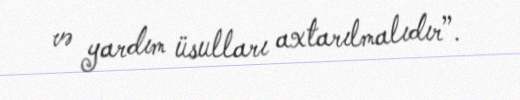
və yardım üsulları axtarılmalıdır”.